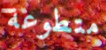
متطوعة